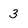
Character: 3